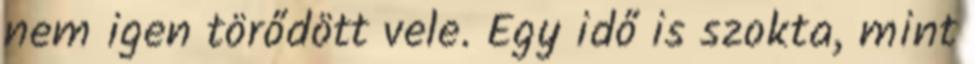
nem igen törődött vele. Egy idő is szokta, mint